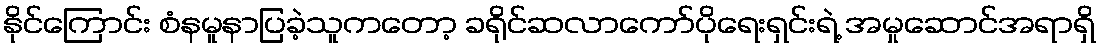
နိုင်ကြောင်း စံနမူနာပြခဲ့သူကတော့ ခရိုင်ဆလာကော်ပိုရေးရှင်းရဲ့ အမှုဆောင်အရာရှိ